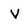
Character: V